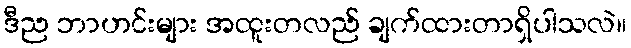
ဒီည ဘာဟင်းများ အထူးတလည် ချက်ထားတာရှိပါသလဲ။